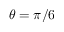
\theta = \pi / 6